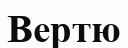
Вертю